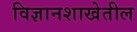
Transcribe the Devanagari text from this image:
विज्ञानशाखेतील